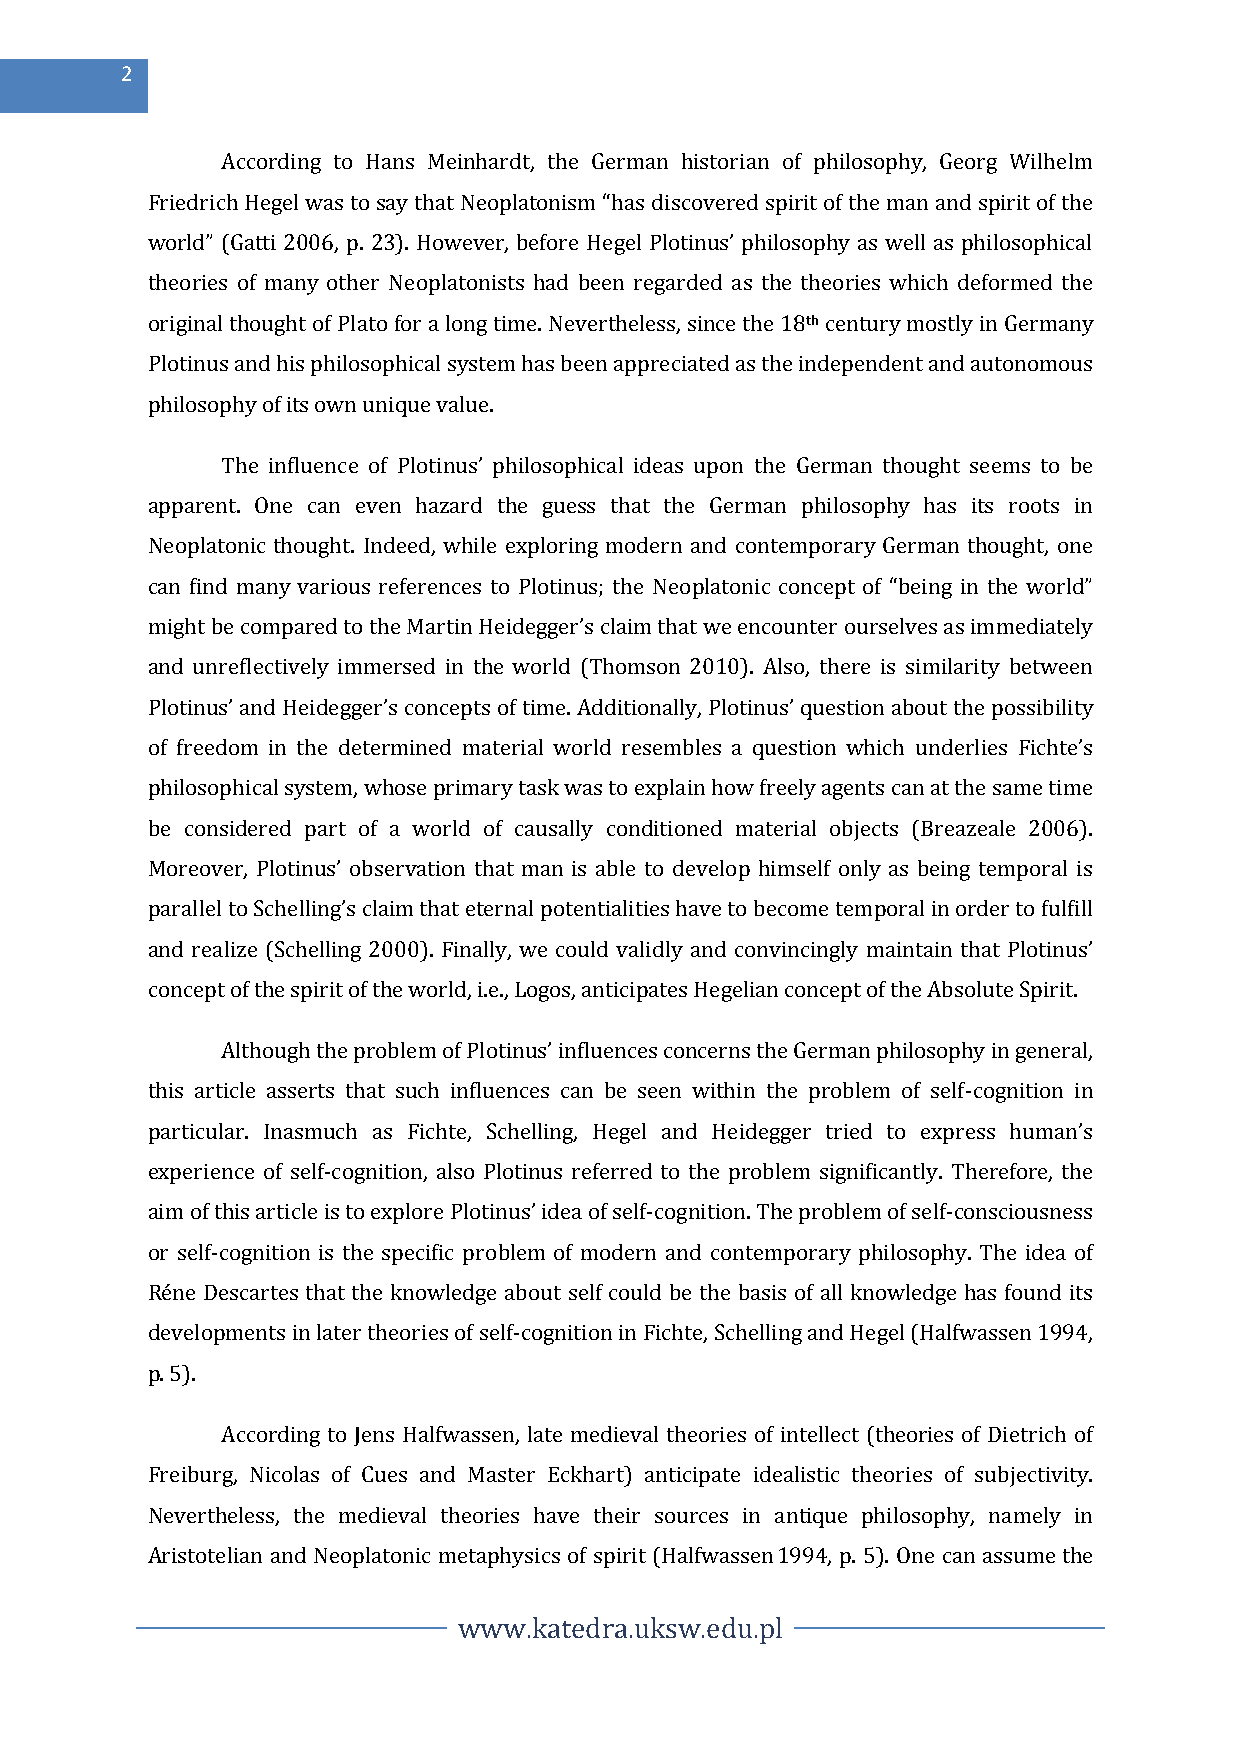
2
 According to Hans Meinhardt, the German historian of philosophy, Georg Wilhelm
 Friedrich Hegel was to say that Neoplatonism “has discovered spirit of the man and spirit of the
 world” (Gatti 2006, p. 23). However, before Hegel Plotinus’ philosophy as well as philosophical
 theories of many other Neoplatonists had been regarded as the theories which deformed the
 original thought of Plato for a long time. Nevertheless, since the 18th century mostly in Germany
 Plotinus and his philosophical system has been appreciated as the independent and autonomous
 philosophy of its own unique value.
 The influence of Plotinus’ philosophical ideas upon the German thought seems to be
 apparent. One can even hazard the guess that the German philosophy has its roots in
 Neoplatonic thought. Indeed, while exploring modern and contemporary German thought, one
 can find many various references to Plotinus; the Neoplatonic concept of “being in the world”
 might be compared to the Martin Heidegger’s claim that we encounter ourselves as immediately
 and unreflectively immersed in the world (Thomson 2010). Also, there is similarity between
 Plotinus’ and Heidegger’s concepts of time. Additionally, Plotinus’ question about the possibility
 of freedom in the determined material world resembles a question which underlies Fichte’s
 philosophical system, whose primary task was to explain how freely agents can at the same time
 be considered part of a world of causally conditioned material objects (Breazeale 2006).
 Moreover, Plotinus’ observation that man is able to develop himself only as being temporal is
 parallel to Schelling’s claim that eternal potentialities have to become temporal in order to fulfill
 and realize (Schelling 2000). Finally, we could validly and convincingly maintain that Plotinus’
 concept of the spirit of the world, i.e., Logos, anticipates Hegelian concept of the Absolute Spirit.
 Although the problem of Plotinus’ influences concerns the German philosophy in general,
 this article asserts that such influences can be seen within the problem of self-cognition in
 particular. Inasmuch as Fichte, Schelling, Hegel and Heidegger tried to express human’s
 experience of self-cognition, also Plotinus referred to the problem significantly. Therefore, the
 aim of this article is to explore Plotinus’ idea of self-cognition. The problem of self-consciousness
 or self-cognition is the specific problem of modern and contemporary philosophy. The idea of
 Réne Descartes that the knowledge about self could be the basis of all knowledge has found its
 developments in later theories of self-cognition in Fichte, Schelling and Hegel (Halfwassen 1994,
 p. 5).
 According to Jens Halfwassen, late medieval theories of intellect (theories of Dietrich of
 Freiburg, Nicolas of Cues and Master Eckhart) anticipate idealistic theories of subjectivity.
 Nevertheless, the medieval theories have their sources in antique philosophy, namely in
 Aristotelian and Neoplatonic metaphysics of spirit (Halfwassen 1994, p. 5). One can assume the
 www.katedra.uksw.edu.pl